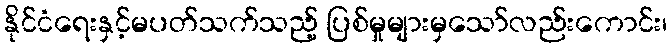
နိုင်ငံရေးနှင့်မပတ်သက်သည့် ပြစ်မှုများမှသော်လည်းကောင်း၊